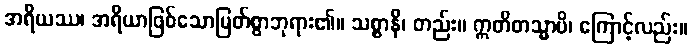
အရိယဿ၊ အရိယာဖြစ်သောမြတ်စွာဘုရား၏။ သစ္စာနိ၊ တည်း။ ဣတိတသ္မာပိ၊ ကြောင့်လည်း။